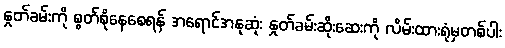
နှုတ်ခမ်းကို စွတ်စိုနေစေရန် အရောင်အနုဆုံး နှုတ်ခမ်းဆိုးဆေးကို လိမ်းထားရုံမှတစ်ပါး